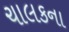
ચાલકના